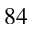
8 4